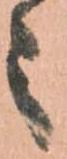
之